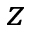
z